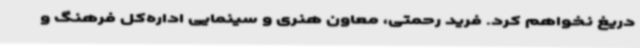
دریغ نخواهم کرد. فرید رحمتی، معاون هنری و سینمایی اداره‌کل فرهنگ و